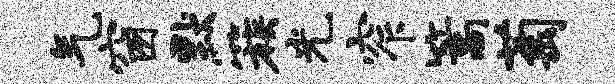
气窗默簇光窄篙萄